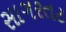
સાગરતટ